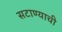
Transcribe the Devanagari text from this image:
सटाण्याची